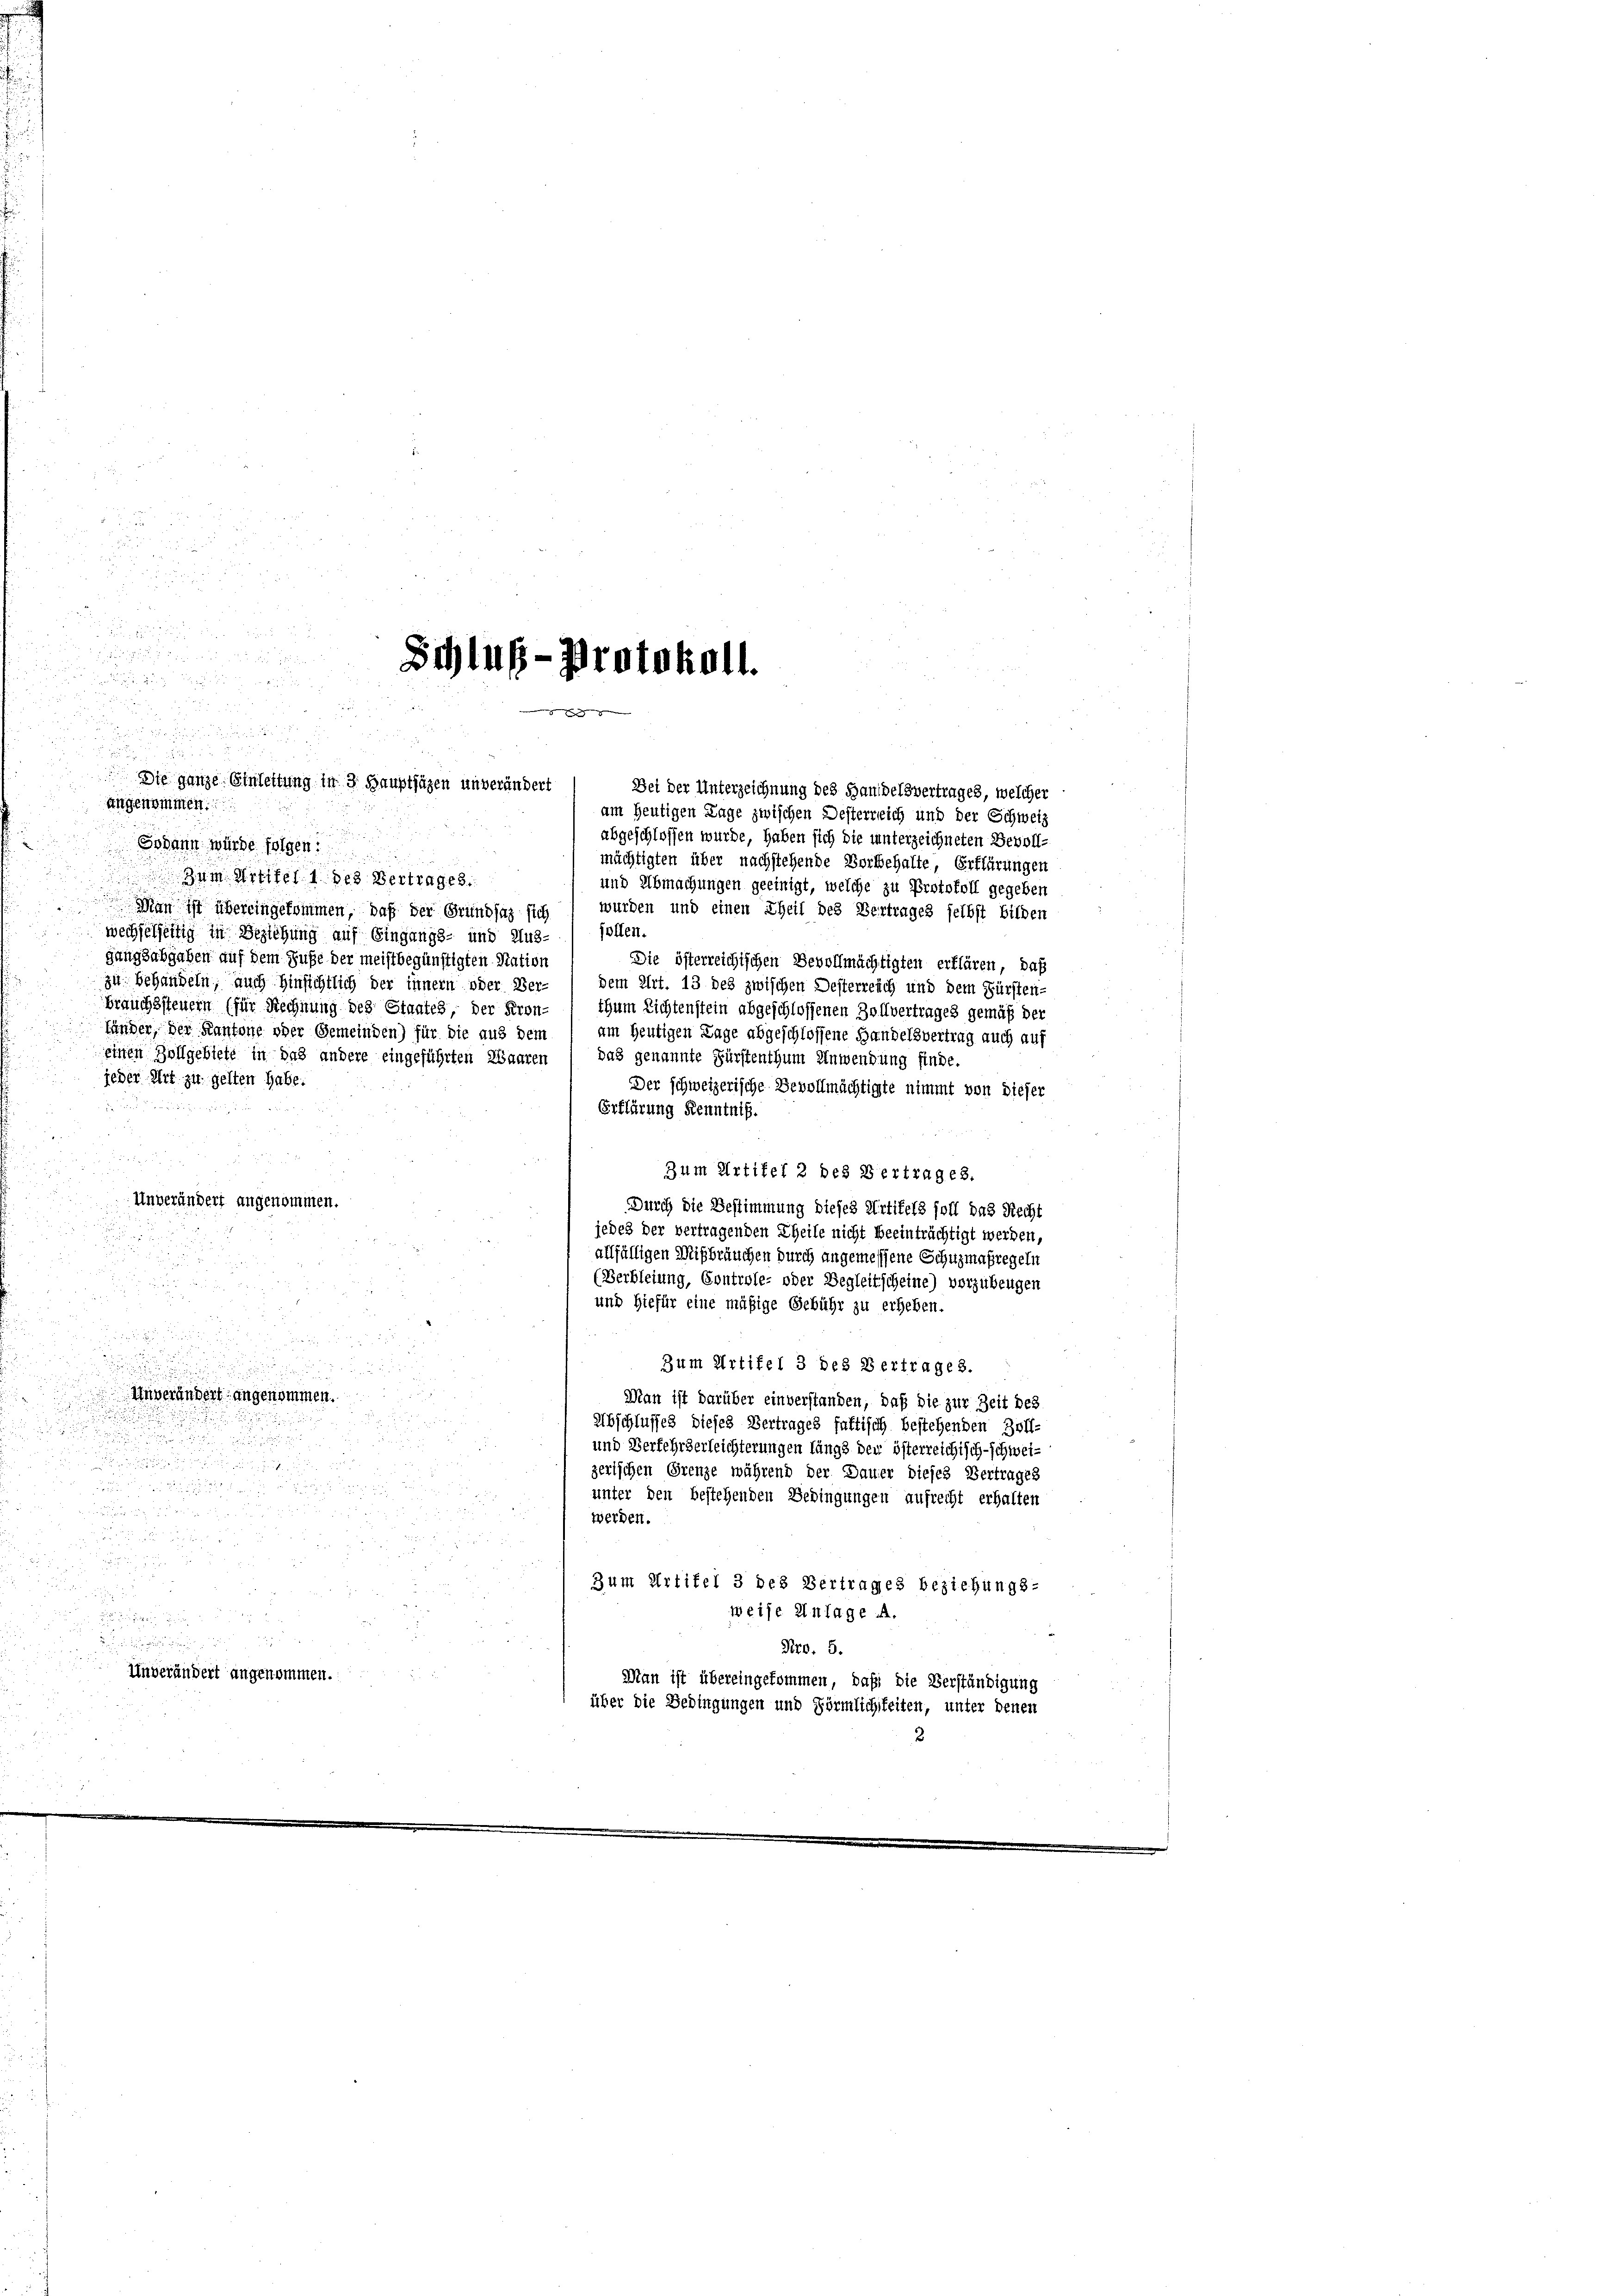
mächtigten über nachstehende Verbehalte, Erklärungen
Zum Artikel 1 des Vertrages.
und Abmachungen geeinigt, welche zu Protokoll gegeben
Man ist übereingekommen, daß der Grundsaz sich
wurden und einen Theil des Vertrages selbst bilden
wechselseitig in Beziehung auf Eingangs- und Aus-) sollen.
gangsabgaben auf dem Fuße der meistbegünstigten Nation
Die österreichischen Bevollmächtigten erklären, daß
zu behandeln, auch hinsichtlich der innern oder Ver- ) dem Art. 13 des zwischen Desterreich und dem Fürsten-
brauchssteuern (für Rechnung des Staates, der Kron-
thum Lichtenstein abgeschlossenen Zollvertrages gemäß der
fänder, der Kantone oder Gemeinden) für die aus dem
am heutigen Lage abgeschlossene Handelsvertrag auch auf
einen Zollgebiete in das andere eingeführten Waaren, das genannte Fürstenthum Anwendung finde.
jeder Art zu gelten habe.
Der schweizerische Bevollmächtigte nimmt von dieser

Erklärung Kenntniß.
Zum Artikel 2 des Vertrages.
Unverändert angenommen.
Durch die Bestimmung dieses Artikels soll das Recht
jedes der vertragenden Theile nicht beeinträchtigt werden,
allfälligen Mißbrünchen durch angemessene Schuzmaßregeln
(Verbleiung, Controle- oder Begleitscheine) vorzubeugen
und hiefür eine mäßige Gebühr zu erheben.

Zum Artifel 3 des Vertrages.

e
Unverändert angenommen.
5
n
Man ist darüber einverstanden, daß die zur Zeit des

Abschlusses dieses Vertrages faktisch bestehenden Zoll-

F
und Verfehrderleichterungen längs der österreichisch-schweizerischen Grenze während der Dauer dieses Vertrages

F
u

unter den bestehenden Bedingungen aufrecht erhalten
2

werden.
n

Fr. 1

e
Zum Artikel 3 des Vertrages beziehungs-

 f 0 x
2
weise Anlage A.
 x 2

x
Nro. 5.
Einverändert angenommen.
Man ist übereingekommen, daß die Verständigung
über die Bedingungen und Förmlichkeiten, unter denen

u
2

e

Schluß-Protokoll.

e

Die ganze Einleitung in 3 Hauptjäzen unverändert
angenommen.
am heutigen Lage zwischen Desterreich und der Schweiz

abgeschlossen wurde, haben sich die unterzeichneten Bevoll-
Jodann würde folgen

Bei der Unterzeichnung des Handelsvertrages, welcher